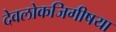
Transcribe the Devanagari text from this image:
देवलोकजिगीषया